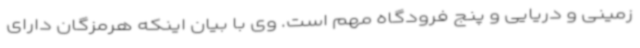
زمینی و دریایی و پنج فرودگاه مهم است. وی با بیان اینکه هرمزگان دارای